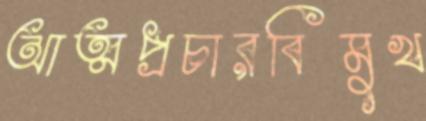
আত্মপ্রচারবিমুখ